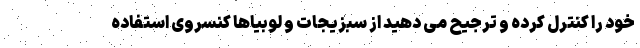
خود را کنترل کرده و ترجیح می دهید از سبزیجات و لوبیاها کنسروی استفاده